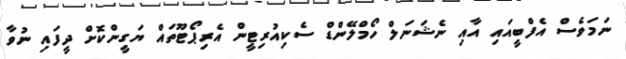
ނަމަވެސް އެފްބީއައި އާއި ނެޝަނަލް ހޯމްލޭންޑް ސެކިއުރިޓީން އެރިޕޯޓޫތައް ޔަގީންކޮށް ދީފައި ނުވާ